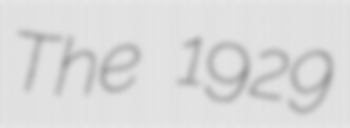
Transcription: The 1929